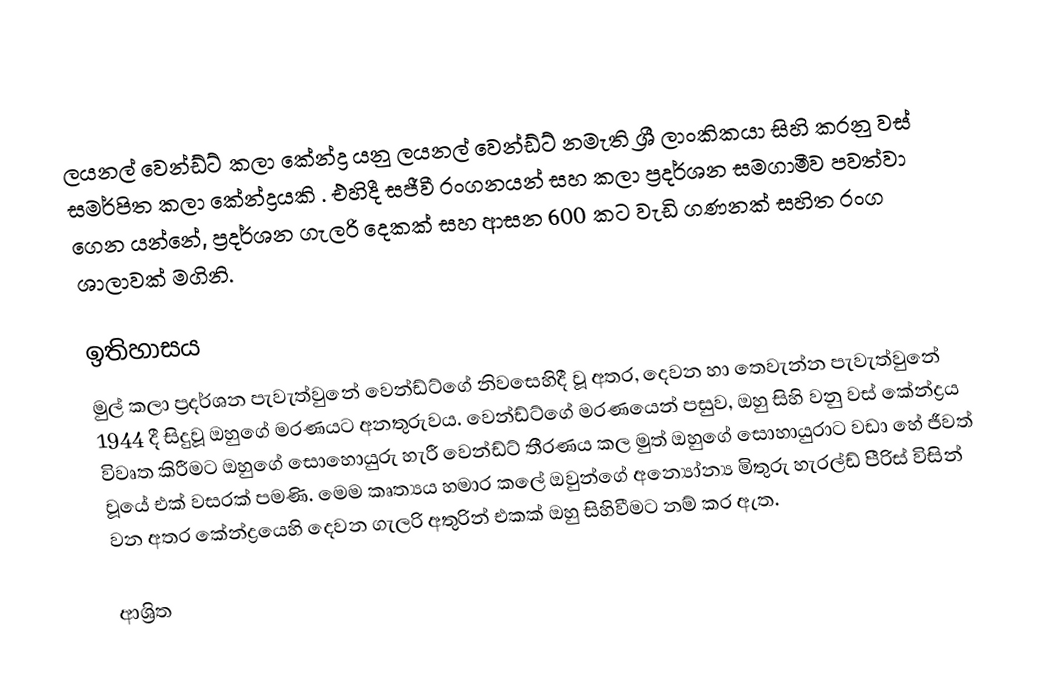
ලයනල් වෙන්ඩ්ට් කලා කේන්ද්‍ර යනු ලයනල් වෙන්ඩ්ට් නමැති ශ්‍රී ලාංකිකයා සිහි කරනු වස් සමර්පිත කලා කේන්ද්‍රයකි . එහිදී සජීවී රංගනයන් සහ කලා ප්‍රදර්ශන සමගාමීව පවත්වා ගෙන යන්නේ,  ප්‍රදර්ශන ගැලරි දෙකක් සහ ආසන 600 කට වැඩි ගණනක් සහිත රංග ශාලාවක් මගිනි.

ඉතිහාසය
මුල් කලා ප්‍රදර්ශන පැවැත්වුනේ වෙන්ඩ්ට්ගේ නිවසෙහිදී වූ අතර, දෙවන හා තෙවැන්න පැවැත්වුනේ 1944 දී සිදුවූ ඔහුගේ මරණයට අනතුරුවය. වෙන්ඩ්ට්ගේ මරණයෙන් පසුව, ඔහු සිහි වනු වස් කේන්ද්‍රය විවෘත කිරීමට ඔහුගේ සොහොයුරු හැරී වෙන්ඩ්ට් තීරණය කල මුත් ඔහුගේ සොහායුරාට වඩා හේ ජීවත් වූයේ එක් වසරක් පමණි. මෙම කෘත්‍යය හමාර කලේ ඔවුන්ගේ අන්‍යෝන්‍ය මිතුරු හැරල්ඩ් පීරිස් විසින් වන අතර කේන්ද්‍රයෙහි දෙවන ගැලරි අතුරින් එකක් ඔහු සිහිවීමට නම් කර ඇත.

ආශ්‍රිත